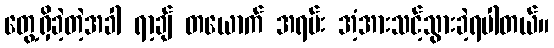
တွေ့ရှိခဲ့တဲ့အခါ ရာ့ချ် တယောက် အရမ်း အံ့အားသင့်သွားခဲ့ရပါတယ်။